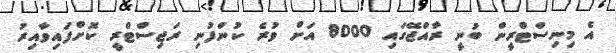
އެ މިނިސްޓްރީން ބުނީ ރާއްޖޭގައި 8000 އަށް ވުރެ ކުންފުނި ރަޖިސްޓްރީ ކޮށްފައިވާއިރު